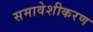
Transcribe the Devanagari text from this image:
समावेशीकरण